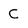
Character: C